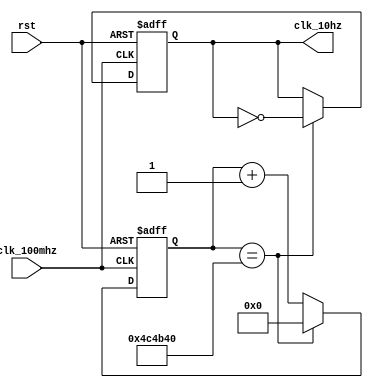
module clk_10hz(
    input rst,
    input clk_100mhz,
    output reg clk_10hz
    );

reg [27:0] count;

always @(posedge clk_100mhz or posedge rst)
if (rst) begin count<=0; clk_10hz<=0; end
else if (count==5000000) begin clk_10hz<=~clk_10hz; count<=0; end
else count<=count+1;

endmodule